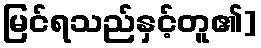
မြင်ရသည်နှင့်တူ၏]